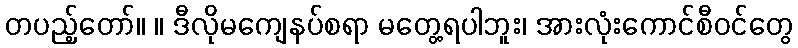
တပည့်တော်။ ။ ဒီလိုမကျေနပ်စရာ မတွေ့ရပါဘူး၊ အားလုံးကောင်စီဝင်တွေ